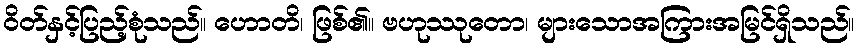
ဝိတ်နှင့်ပြည့်စုံသည်။ ဟောတိ၊ ဖြစ်၏။ ဗဟုဿုတော၊ များသောအကြားအမြင်ရှိသည်။